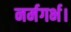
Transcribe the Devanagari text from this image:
नर्मगर्भ।